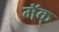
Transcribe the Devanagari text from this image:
मॅक्